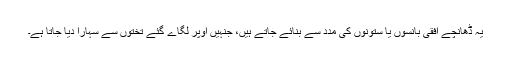
یہ ڈھانچے افقی بانسوں یا ستونوں کی مدد سے بنائے جاتے ہیں، جنہیں اوپر لگاے گئے تختوں سے سہارا دیا جاتا ہے۔